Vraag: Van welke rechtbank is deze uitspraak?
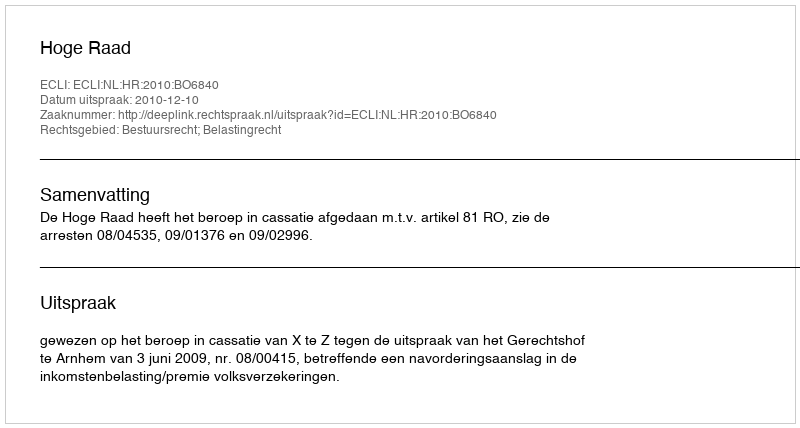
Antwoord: Hoge Raad